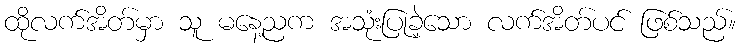
ထိုလက်အိတ်မှာ သူ မနေ့ညက အသုံးပြုခဲ့သော လက်အိတ်ပင် ဖြစ်သည်။